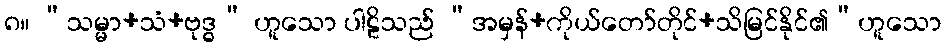
၈။ “သမ္မာ+သံ+ဗုဒ္ဓ” ဟူသော ပါဠိသည် “အမှန်+ကိုယ်တော်တိုင်+သိမြင်နိုင်၏”ဟူသော